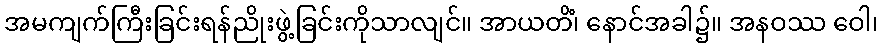
အမကျက်ကြီးခြင်းရန်ညိုးဖွဲ့ခြင်းကိုသာလျင်။ အာယတိံ၊ နောင်အခါ၌။ အနဝဿ ဝေါ၊